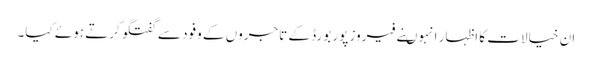
ان خیالات کا اظہار انہوںنے فیروز پور بورڈ کے تاجروں کے وفود سے گفتگو کرتے ہوئے کیا۔